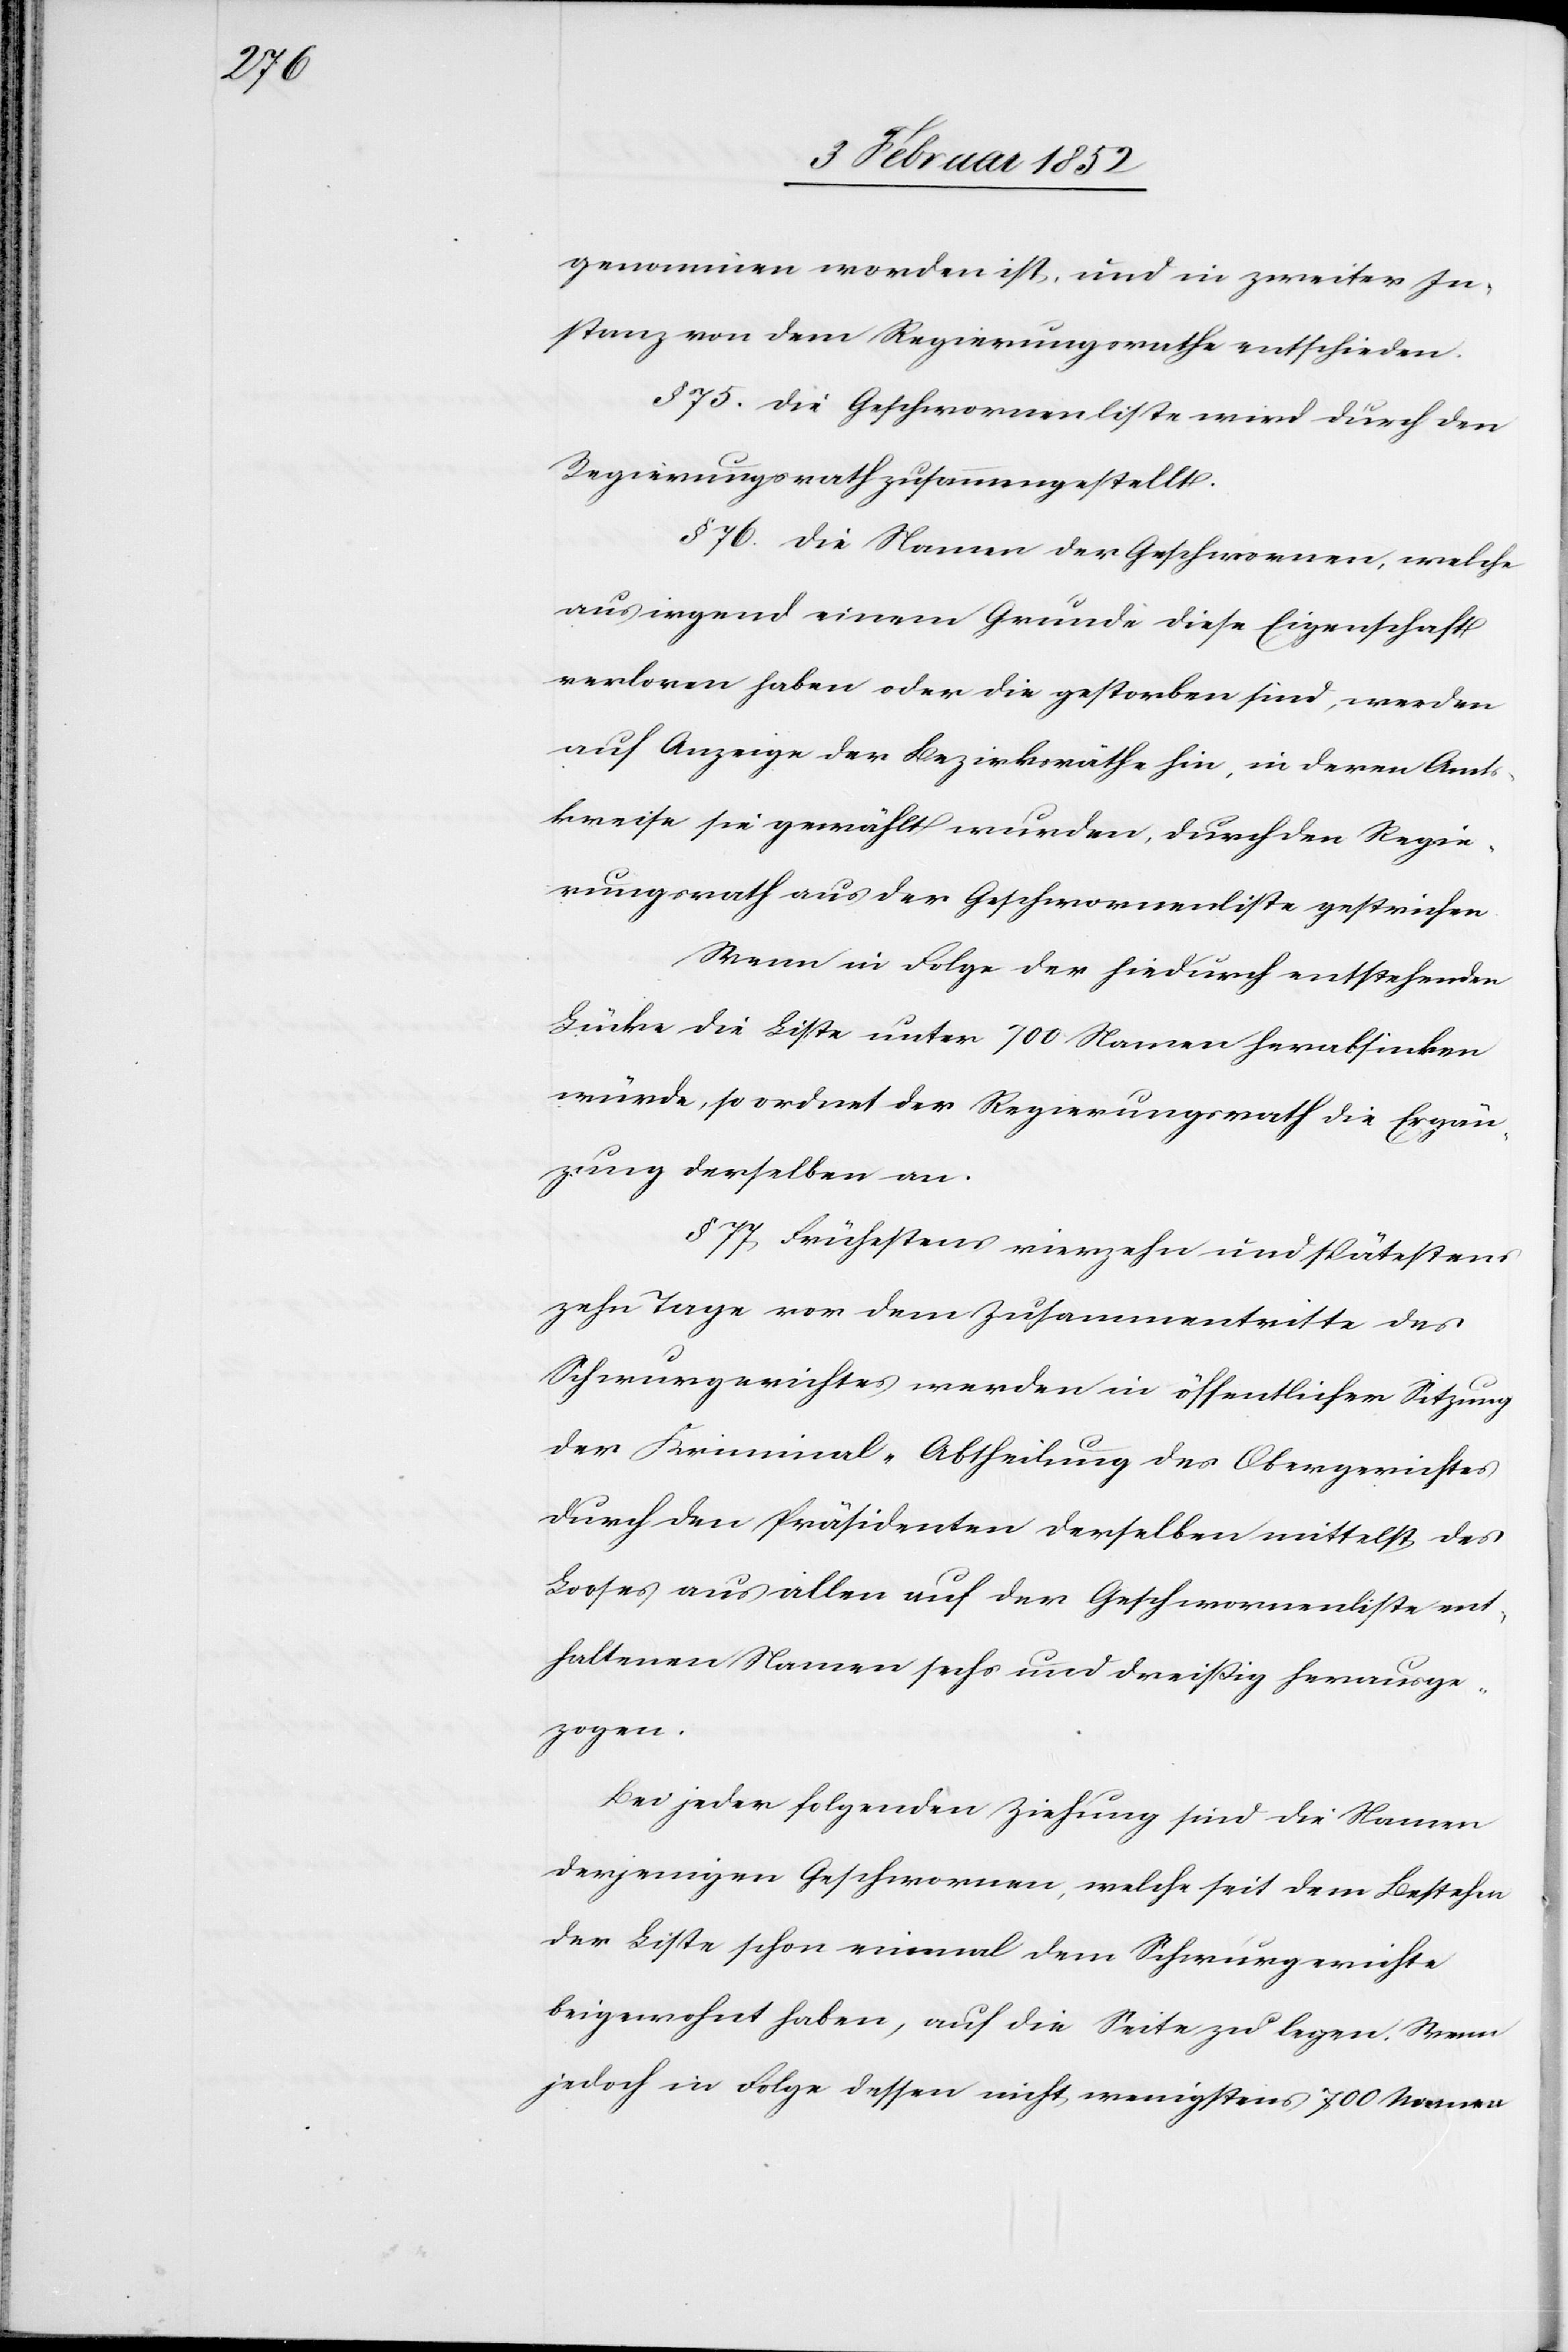
genommen worden ist, und in zweiter In¬
stanz von dem Regierungsrathe entschieden.
§ 75. Die Geschwornenliste wird durch den
Regierungsrath zusammengestellt.
§ 76. Die Namen der Geschwornen, welche
aus irgend einem Grunde diese Eigenschaft
verloren haben oder die gestorben sind, werden
auf Anzeige der Bezirksräthe hin, in deren Amt¬
skreise sie gewählt wurden, durch den Regie¬
rungsrath aus der Geschwornenliste gestrichen.
Wenn in Folge der hiedurch entstehenden
Lücke die Liste unter 700 Namen herabsinken
würde, so ordnet der Regierungsrath die Ergän¬
zung derselben an.
§ 77) Frühestens vierzehn und spätestens
zehn Tage vor dem Zusammentritte des
Schwurgerichtes werden in öffentlicher Sitzung
der Kriminal-Abtheilung des Obergerichtes
durch den Präsidenten derselben mittelst des
Looses aus allen auf der Geschwornenliste ent¬
haltenen Namen sechs und dreißig herausge¬
zogen.
Bei jeder folgenden Ziehung sind die Namen
derjenigen Geschwornen, welche seit dem Bestehen
der Liste schon einmal dem Schwurgerichte
beigewohnt haben, auf die Seite zu legen. Wenn
jedoch in Folge dessen nicht wenigstens 700 Namen